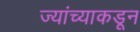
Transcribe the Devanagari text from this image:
ज्यांच्याकडून